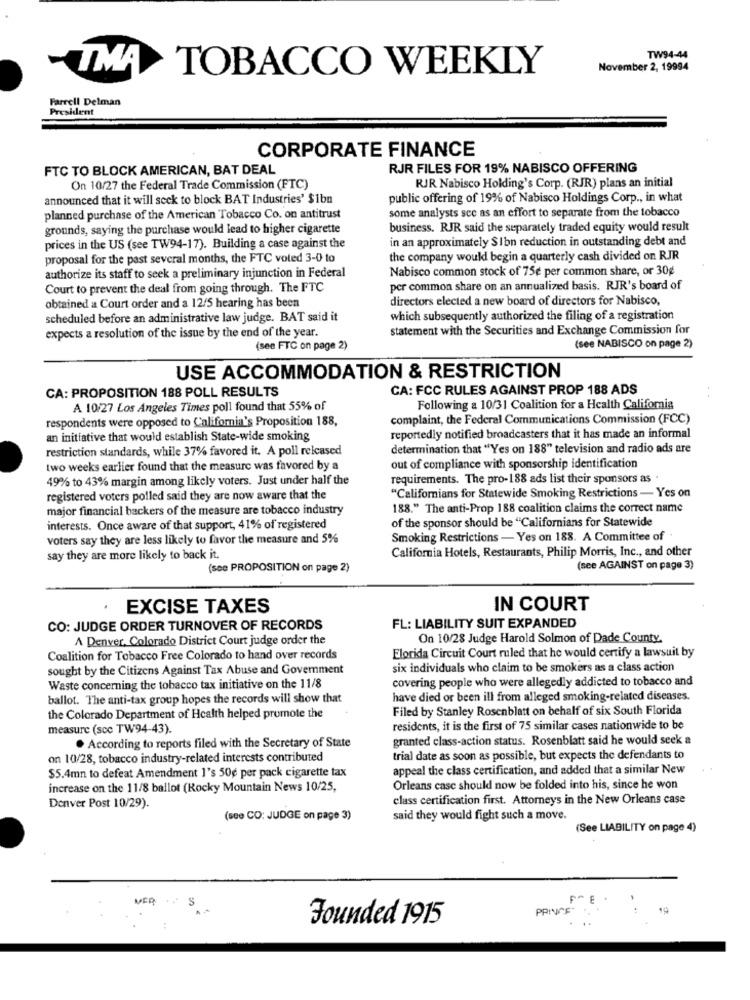
TW94-44
TMA
TOBACCO WEEKLY
November 2, 19994
Farrell Delman
President
CORPORATE FINANCE
FTC TO BLOCK AMERICAN, BAT DEAL
RJR FILES FOR 19% NABISCO OFFERING
On 10/27 the Federal Trade Commission (FTC)
RJR Nabisco Holding's Corp. (RJR) plans an initial
announced that it will seek to block BAT Industries' $1bn
public offering of 19% of Nabisco Holdings Corp ., in what
some analysts sce as an effort to separate from the tobacco
planned purchase of the American Tobacco Co. on antitrust
grounds, saying the purchase would lead to higher cigarette
business. RJR said the separately traded equity would result
in an approximately $Ibn reduction in outstanding debt and
prices in the US (see TW94-17). Building a case against the
proposal for the past several months, the FTC voted 3-0 to
the company would begin a quarterly cash divided on RJR
Nabisco common stock of 75e per common share, or 30g
authorize its staff to seek a preliminary injunction in Federal
Court to prevent the deal from going through. The FTC
per common share on an annualized basis. RJR's board of
directors elected a new board of directors for Nabisco,
obtained a Court order and a 12/5 hearing has been
scheduled before an administrative law judge. BAT said it
which subsequently authorized the filing of a registration
statement with the Securities and Exchange Commission for
expects a resolution of the issue by the end of the year.
(see FTC on page 2)
(see NABISCO on page 2)
USE ACCOMMODATION & RESTRICTION
CA: PROPOSITION 188 POLL RESULTS
CA: FCC RULES AGAINST PROP 188 ADS
A 10/27 Los Angeles Times poll found that 55% of
Following a 10/31 Coalition for a Health California
respondents were opposed to California's Proposition 188,
complaint, the Federal Communications Commission (FCC)
an initiative that would establish State-wide smoking
reportedly notified broadcasters that it has made an informal
restriction standards, while 37% favored it. A poll released
determination that "Yes on 188" television and radio ads are
two weeks earlier found that the measure was favored by a
out of compliance with sponsorship identification
49% to 43% margin among likely voters. Just under half the
requirements. The pro-188 ads list their sponsors as .
registered voters polled said they are now aware that the
"Californians for Statewide Smoking Restrictions - Yes on
major financial backers of the measure are tobacco industry
188." The anti-Prop 188 coalition claims the correct name
of the sponsor should be "Californians for Statewide
interests. Once aware of that support, 41% of registered
voters say they are less likely to favor the measure and 5%
Smoking Restrictions - Yes on 188. A Committee of .
California Hotels, Restaurants, Philip Morris, Inc ., and other
say they are more likely to back it
(sce PROPOSITION on page 2)
(see AGAINST on page 3)
.
EXCISE TAXES
IN COURT
CO: JUDGE ORDER TURNOVER OF RECORDS
FL: LIABILITY SUIT EXPANDED
A Denver, Colorado District Court judge order the
On 10/28 Judge Harold Solmon of Dade County.
Florida Circuit Court ruled that he would certify a lawsuit by
Coalition for Tobacco Free Colorado to hand over records
sought by the Citizens Against Tax Abuse and Government
six individuals who claim to be smokers as a class action
covering people who were allegedly addicted to tobacco and
Waste concerning the tobacco tax initiative on the 11/8
ballot. The anti-tax group hopes the records will show that
have died or been ill from alleged smoking-related diseases.
Filed by Stanley Rosenblatt on behalf of six South Florida
the Colorado Department of Health helped promote the
measure (scc TW94-43).
residents, it is the first of 75 similar cases nationwide to be
. According to reports filed with the Secretary of State
granted class-action status. Rosenblatt said he would seek a
on 10/28, tobacco industry-related interests contributed
trial date as soon as possible, but expects the defendants to
appeal the class certification, and added that a similar New
$5.4mn to defeat Amendment 1's 50g per pack cigarette tax
increase on the 11/8 ballot (Rocky Mountain News 10/25,
Orleans case should now be folded into his, since he won
class certification first. Attorneys in the New Orleans case
Denver Post 10/29).
(see CO: JUDGE on page 3)
said they would fight such a move.
(See LIABILITY on page 4)
MER
PRINCE"
14
Founded 1915